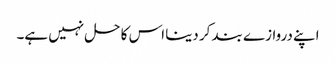
اپنے دروازے بند کر دینا اس کا حل نہیں ہے۔